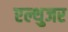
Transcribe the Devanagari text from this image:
एल्थुजर